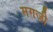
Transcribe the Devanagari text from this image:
मगजी